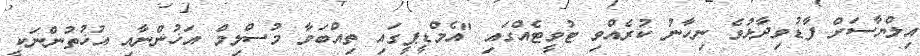
އިލްޔާސަށް ފާޑުވިދާޅުވެ ނިހާނު ކުރެއްވި ޓުވީޓެއްގައި "އެމްޑީޕީގައި ތިއްބަވާ މުސްލިމް އަޚުންނާއި އުޚުތުންނަކީ